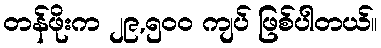
တန်ဖိုးက ၂၉,၅၀၀ ကျပ် ဖြစ်ပါတယ်။